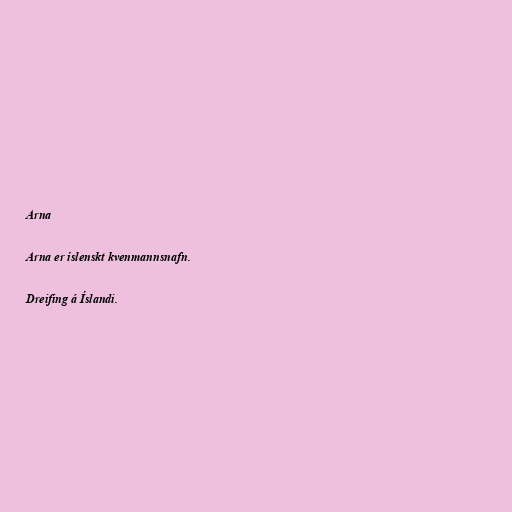
Arna

Arna er íslenskt kvenmannsnafn.

Dreifing á Íslandi.